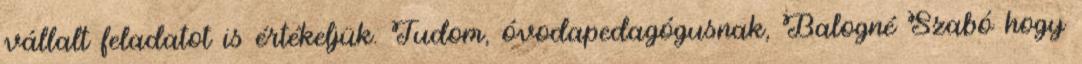
vállalt feladatot is értékeljük. Tudom, óvodapedagógusnak, Balogné Szabó hogy